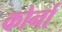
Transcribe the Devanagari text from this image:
कोर्ना